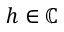
h \in \mathbb { C }